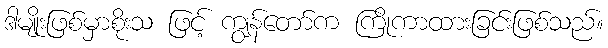
ဒါမျိုးဖြစ်မှာစိုးသ ဖြင့် ကျွန်တော်က ကြိုကာထားခြင်းဖြစ်သည်။